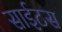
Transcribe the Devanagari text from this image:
साईटस